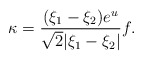
\begin{align*} \kappa = \frac{(\xi_1- \xi_2) e^{u}}{\sqrt{2} | \xi_1 - \xi_2|}f. \end{align*}